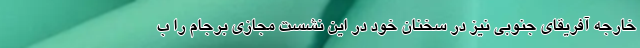
خارجه آفریقای جنوبی نیز در سخنان خود در این نشست مجازی برجام را ب